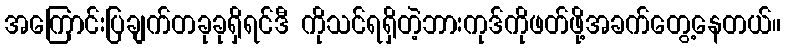
အကြောင်းပြချက်တခုခုရှိရင်ဒီ ကိုသင်ရရှိတဲ့ဘားကုဒ်ကိုဖတ်ဖို့အခက်တွေ့နေတယ်။